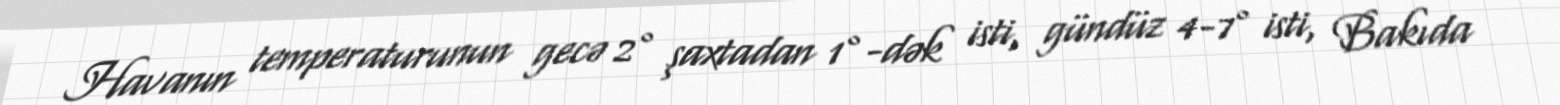
Havanın temperaturunun gecə 2° şaxtadan 1°-dək isti, gündüz 4-7° isti, Bakıda